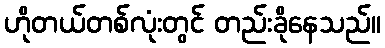
ဟိုတယ်တစ်လုံးတွင် တည်းခိုနေသည်။